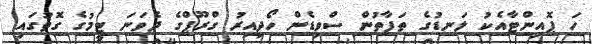
ހަ ޕޮއިންޓާއެކު ލަނޑުގެ ތަފާތުން ސްވިޑެން ހޯދިއިރު ގްރޫޕްގެ ދެވަނަ ޓީމުގެ ގޮތުގައި